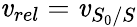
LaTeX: \mathit{v}_{rel}=\mathit{v}_{S_{0}/S}